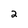
Character: 2